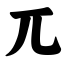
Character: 兀